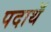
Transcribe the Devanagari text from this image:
पदाथॅ